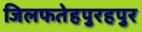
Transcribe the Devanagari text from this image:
जिलफतेहपुरहपुर